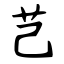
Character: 芑